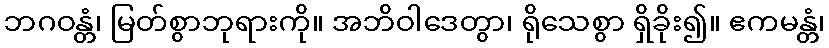
ဘဂဝန္တံ၊ မြတ်စွာဘုရားကို။ အဘိဝါဒေတွာ၊ ရိုသေစွာ ရှိခိုး၍။ ဧကမန္တံ၊